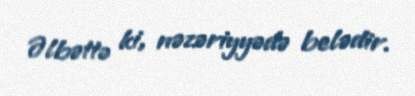
Əlbəttə ki, nəzəriyyədə belədir.